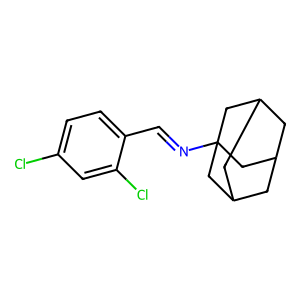
SMILES: Clc1ccc(C=NC23CC4CC(CC(C4)C2)C3)c(Cl)c1
Inhibits HIV replication: No